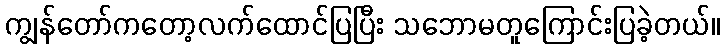
ကျွန်တော်ကတော့လက်ထောင်ပြပြီး သဘောမတူကြောင်းပြခဲ့တယ်။